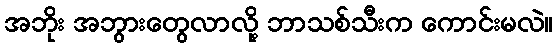
အဘိုး အဘွားတွေလာလို့ ဘာသစ်သီးက ကောင်းမလဲ။